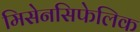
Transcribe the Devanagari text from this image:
मिसेनसिफेलिक